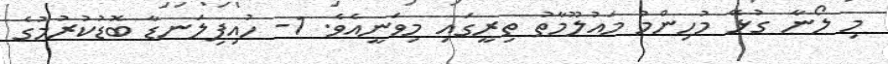
މި ލޯނާ ގުޅޭ މުހިންމު މައުލޫމާތު ތިރީގައި މިވަނީއެވެ. 1- ހުއިފިލަނޑާ ބޮޑުކުރުމުގެ